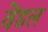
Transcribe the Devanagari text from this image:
वेंडल